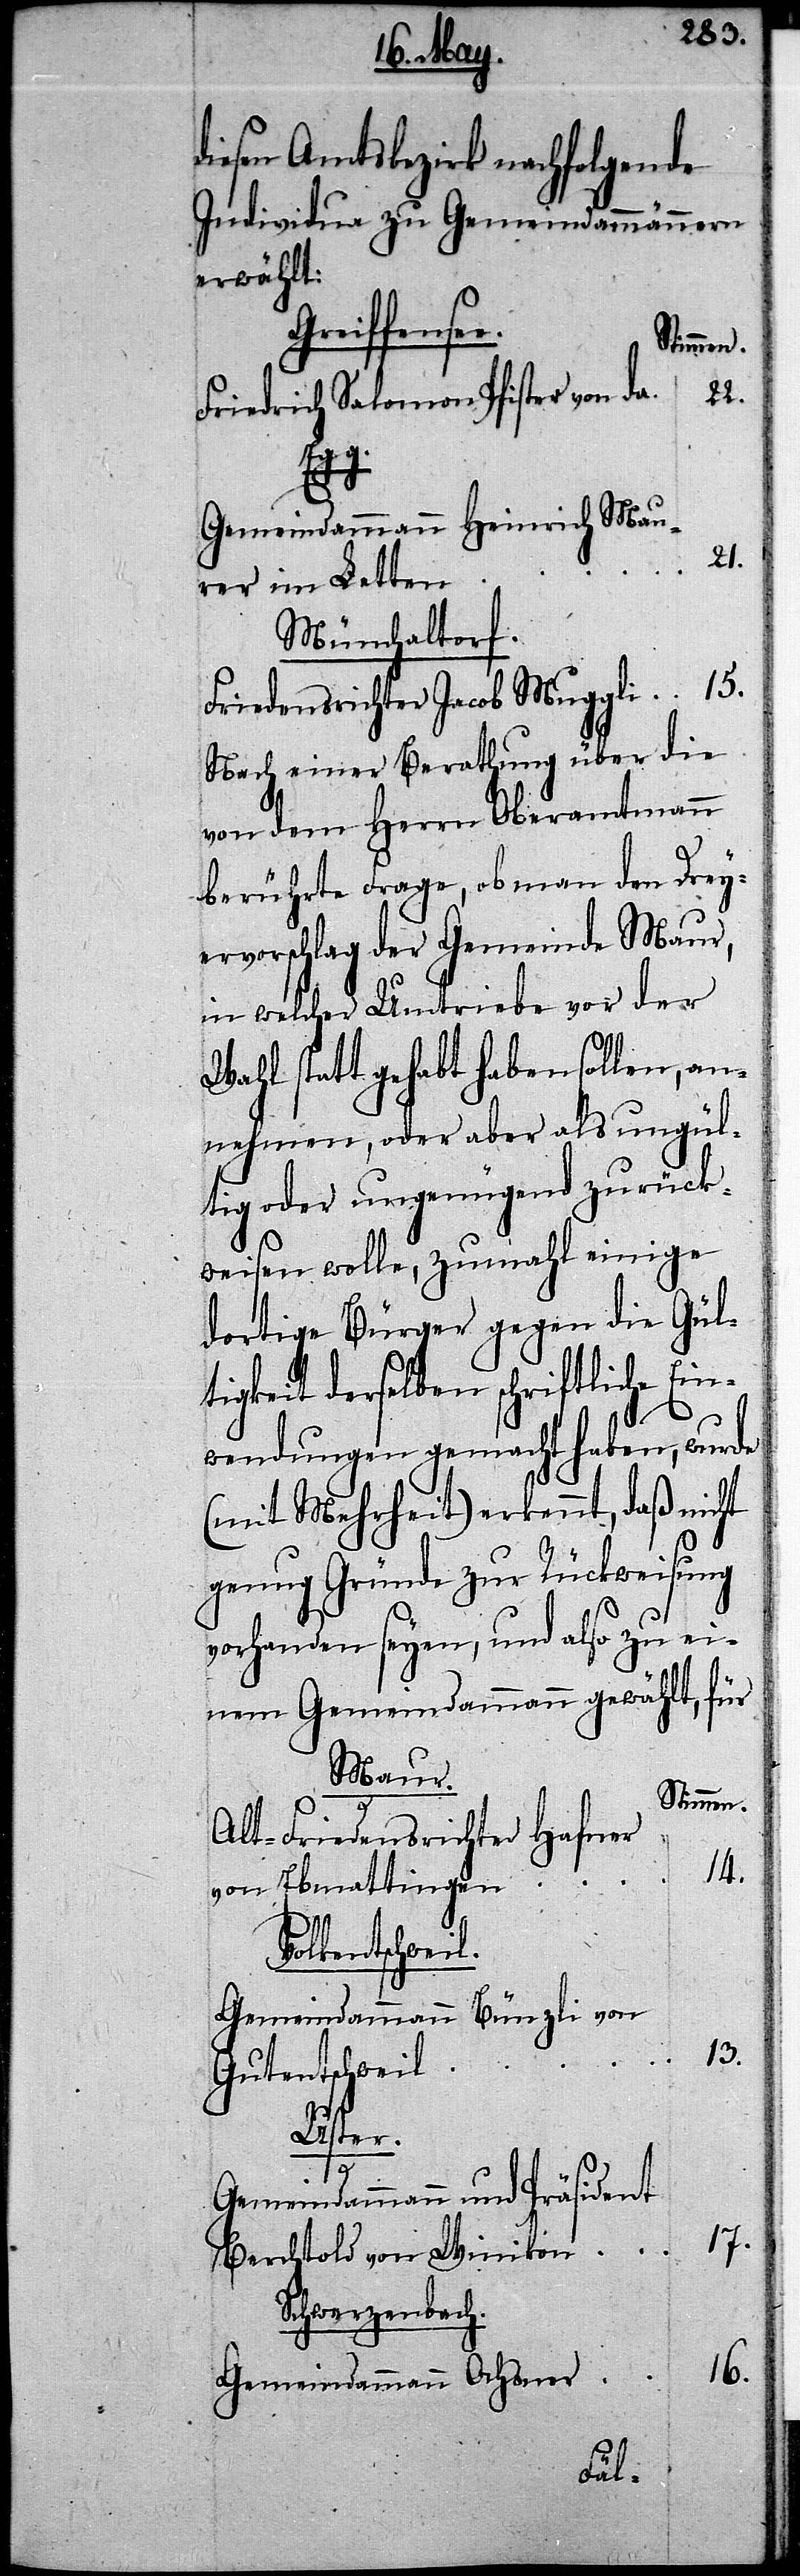
diesen Amtsbezirk nachfolgende
Individua zu Gemeindammännern
erwählt:
Greiffensee.
Stimmen.
22.
Friedrich Salomon Pfister von da
Egg.
Gemeindammann Heinrich Mau¬
21.
rer im Letten
Münchaltorf.
Friedensrichter Jacob Muggli
Nach einer Berathung über die
von dem Herrn Oberamtmann
berührte Frage, ob man den Drey¬
ervorschlag der Gemeinde Maur,
in welcher Umtriebe vor der
Wahl statt gehabt haben sollen, an¬
nehmen, oder aber als ungül¬
tig oder ungenügend zurück¬
weisen wolle, zumahl einige
dortige Bürger gegen die Gül¬
tigkeit derselben schriftliche Ein¬
wendungen gemacht haben, wurde
(mit Mehrheit) erkennt, daß nicht
vorhanden seyen, und also zu ei¬
nem Gemeindammann gewählt, für
Maur.
Stimmen.
Alt-Friedensrichter Hafner
14.
von Ebmattingen
Volkentschweil.
Gemeindammann Bünzli von
13.
Gutentschweil
Uster.
15.
Gemeindammann und Präsident
17.
Berchtold von Winikon
Schwerzenbach.
16.
Gemeindammann Ochsner